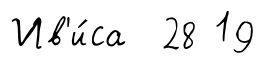
Ив'и́са 28 19